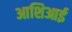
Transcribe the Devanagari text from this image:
आशिआई